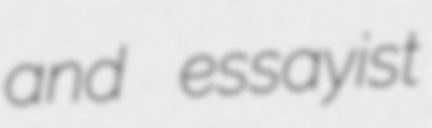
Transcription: and essayist